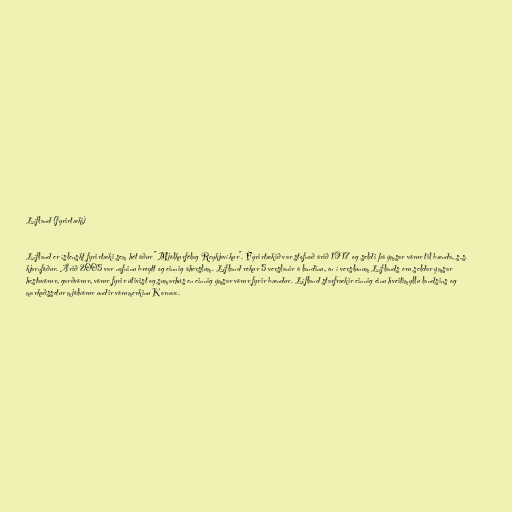
Lífland (fyrirtæki)

Lífland er íslenskt fyrirtæki sem hét áður "Mjólkurfélag Reykjavíkur". Fyrirtækið var stofnað árið 1917 og seldi þá ýmsar vörur til bænda, s.s.
kjarnfóður. Árið 2005 var nafninu breytt og einnig áherslum. Lífland rekur 5 verslanir á landinu, en í verslunum Líflands eru seldar ýmsar
hestavörur, garðvörur, vörur fyrir útivist og sumarhús en einnig ýmsar vörur fyrir bændur. Lífland starfrækir einnig einu hveitimyllu landsins og
markaðssetur mjölvörur undir vörumerkinu Kornax.